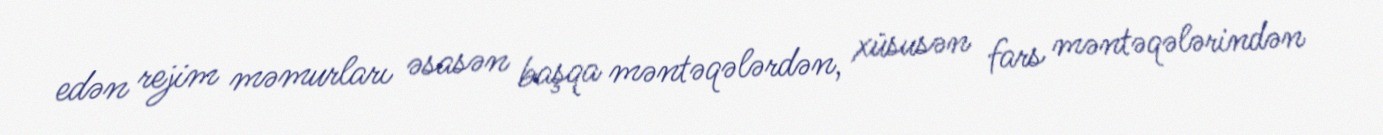
edən rejim məmurları əsasən başqa məntəqələrdən, xüsusən fars məntəqələrindən